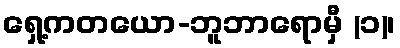
ရှေ့ကတယော-ဘူဘာရောမှီ (၁)၊